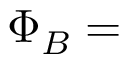
\Phi _ { B } = \,